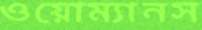
ওয়োম্যানস